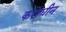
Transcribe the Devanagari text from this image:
कराधीन